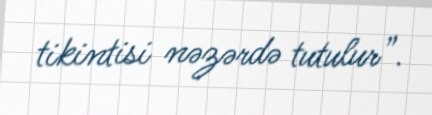
tikintisi nəzərdə tutulur”.